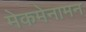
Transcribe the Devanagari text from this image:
मेकमेनामन